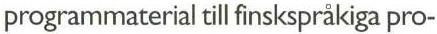
programmaterial tll finskspråkiga pro-